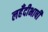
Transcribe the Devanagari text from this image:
लहँदीभाषी